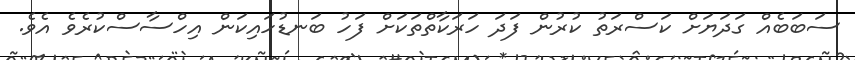
ސަބަބެއް ގަދަޔަށް ކަސްރަތު ކުރުން ފަދަ ހަރަކާތްތަކަށް ފަހު ބަނޑުހައިކަން އިހްސާސްކުރެވެ އެވެ.